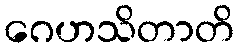
ဂေဟသိတာတိ